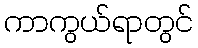
ကာကွယ်ရာတွင်